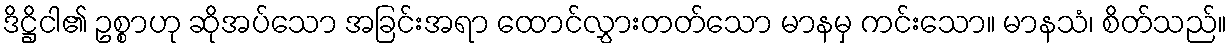
ဒိဋ္ဌိငါ၏ ဥစ္စာဟု ဆိုအပ်သော အခြင်းအရာ ထောင်လွှားတတ်သော မာနမှ ကင်းသော။ မာနသံ၊ စိတ်သည်။